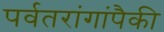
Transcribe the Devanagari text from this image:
पर्वतरांगांपैकी